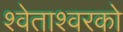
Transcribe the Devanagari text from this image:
श्वेताश्वरको